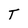
Character: T